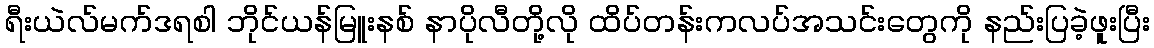
ရီးယဲလ်မက်ဒရစါ ဘိုင်ယန်မြူးနစ် နာပိုလီတို့လို ထိပ်တန်းကလပ်အသင်းတွေကို နည်းပြခဲ့ဖူးပြီး